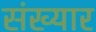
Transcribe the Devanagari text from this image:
संख्यार